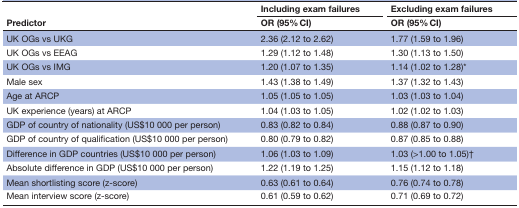
<table><thead><tr><td rowspan="2"><b>Predictor</b></td><td><b>Including exam failures</b></td><td><b>Excluding exam failures</b></td></tr><tr><td><b>OR (95% CI)</b></td><td><b>OR (95% CI)</b></td></tr></thead><tbody><tr><td>UK OGs vs UKG</td><td>2.36 (2.12 to 2.62)</td><td>1.77 (1.59 to 1.96)</td></tr><tr><td>UK OGs vs EEAG</td><td>1.29 (1.12 to 1.48)</td><td>1.30 (1.13 to 1.50)</td></tr><tr><td>UK OGs vs IMG</td><td>1.20 (1.07 to 1.35)</td><td>1.14 (1.02 to 1.28)*</td></tr><tr><td>Male sex</td><td>1.43 (1.38 to 1.49)</td><td>1.37 (1.32 to 1.43)</td></tr><tr><td>Age at ARCP</td><td>1.05 (1.05 to 1.05)</td><td>1.03 (1.03 to 1.04)</td></tr><tr><td>UK experience (years) at ARCP</td><td>1.04 (1.03 to 1.05)</td><td>1.02 (1.02 to 1.03)</td></tr><tr><td>GDP of country of nationality (US$10 000 per person)</td><td>0.83 (0.82 to 0.84)</td><td>0.88 (0.87 to 0.90)</td></tr><tr><td>GDP of country of qualification (US$10 000 per person)</td><td>0.80 (0.79 to 0.82)</td><td>0.87 (0.85 to 0.88)</td></tr><tr><td>Difference in GDP countries (US$10 000 per person)</td><td>1.06 (1.03 to 1.09)</td><td>1.03 (&gt;1.00 to 1.05)†</td></tr><tr><td>Absolute difference in GDP (US$10 000 per person)</td><td>1.22 (1.19 to 1.25)</td><td>1.15 (1.12 to 1.18)</td></tr><tr><td>Mean shortlisting score (z-score)</td><td>0.63 (0.61 to 0.64)</td><td>0.76 (0.74 to 0.78)</td></tr><tr><td>Mean interview score (z-score)</td><td>0.61 (0.59 to 0.62)</td><td>0.71 (0.69 to 0.72)</td></tr></tbody></table>